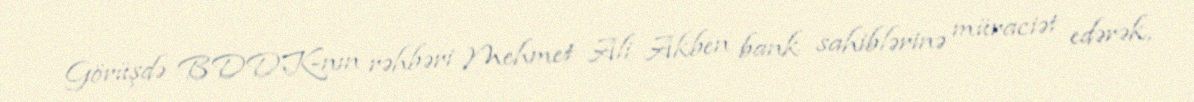
Görüşdə BDDK-nın rəhbəri Mehmet Ali Akben bank sahiblərinə müraciət edərək,